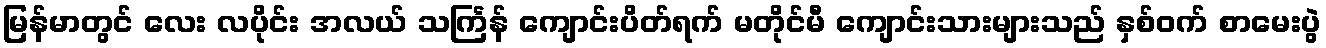
မြန်မာတွင် လေး လပိုင်း အလယ် သင်္ကြန် ကျောင်းပိတ်ရက် မတိုင်မီ ကျောင်းသားများသည် နှစ်ဝက် စာမေးပွဲ